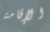
الإقامة